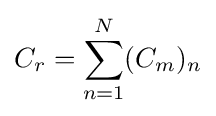
C_{r}=\sum _{n=1}^{N}(C_{m})_{n}